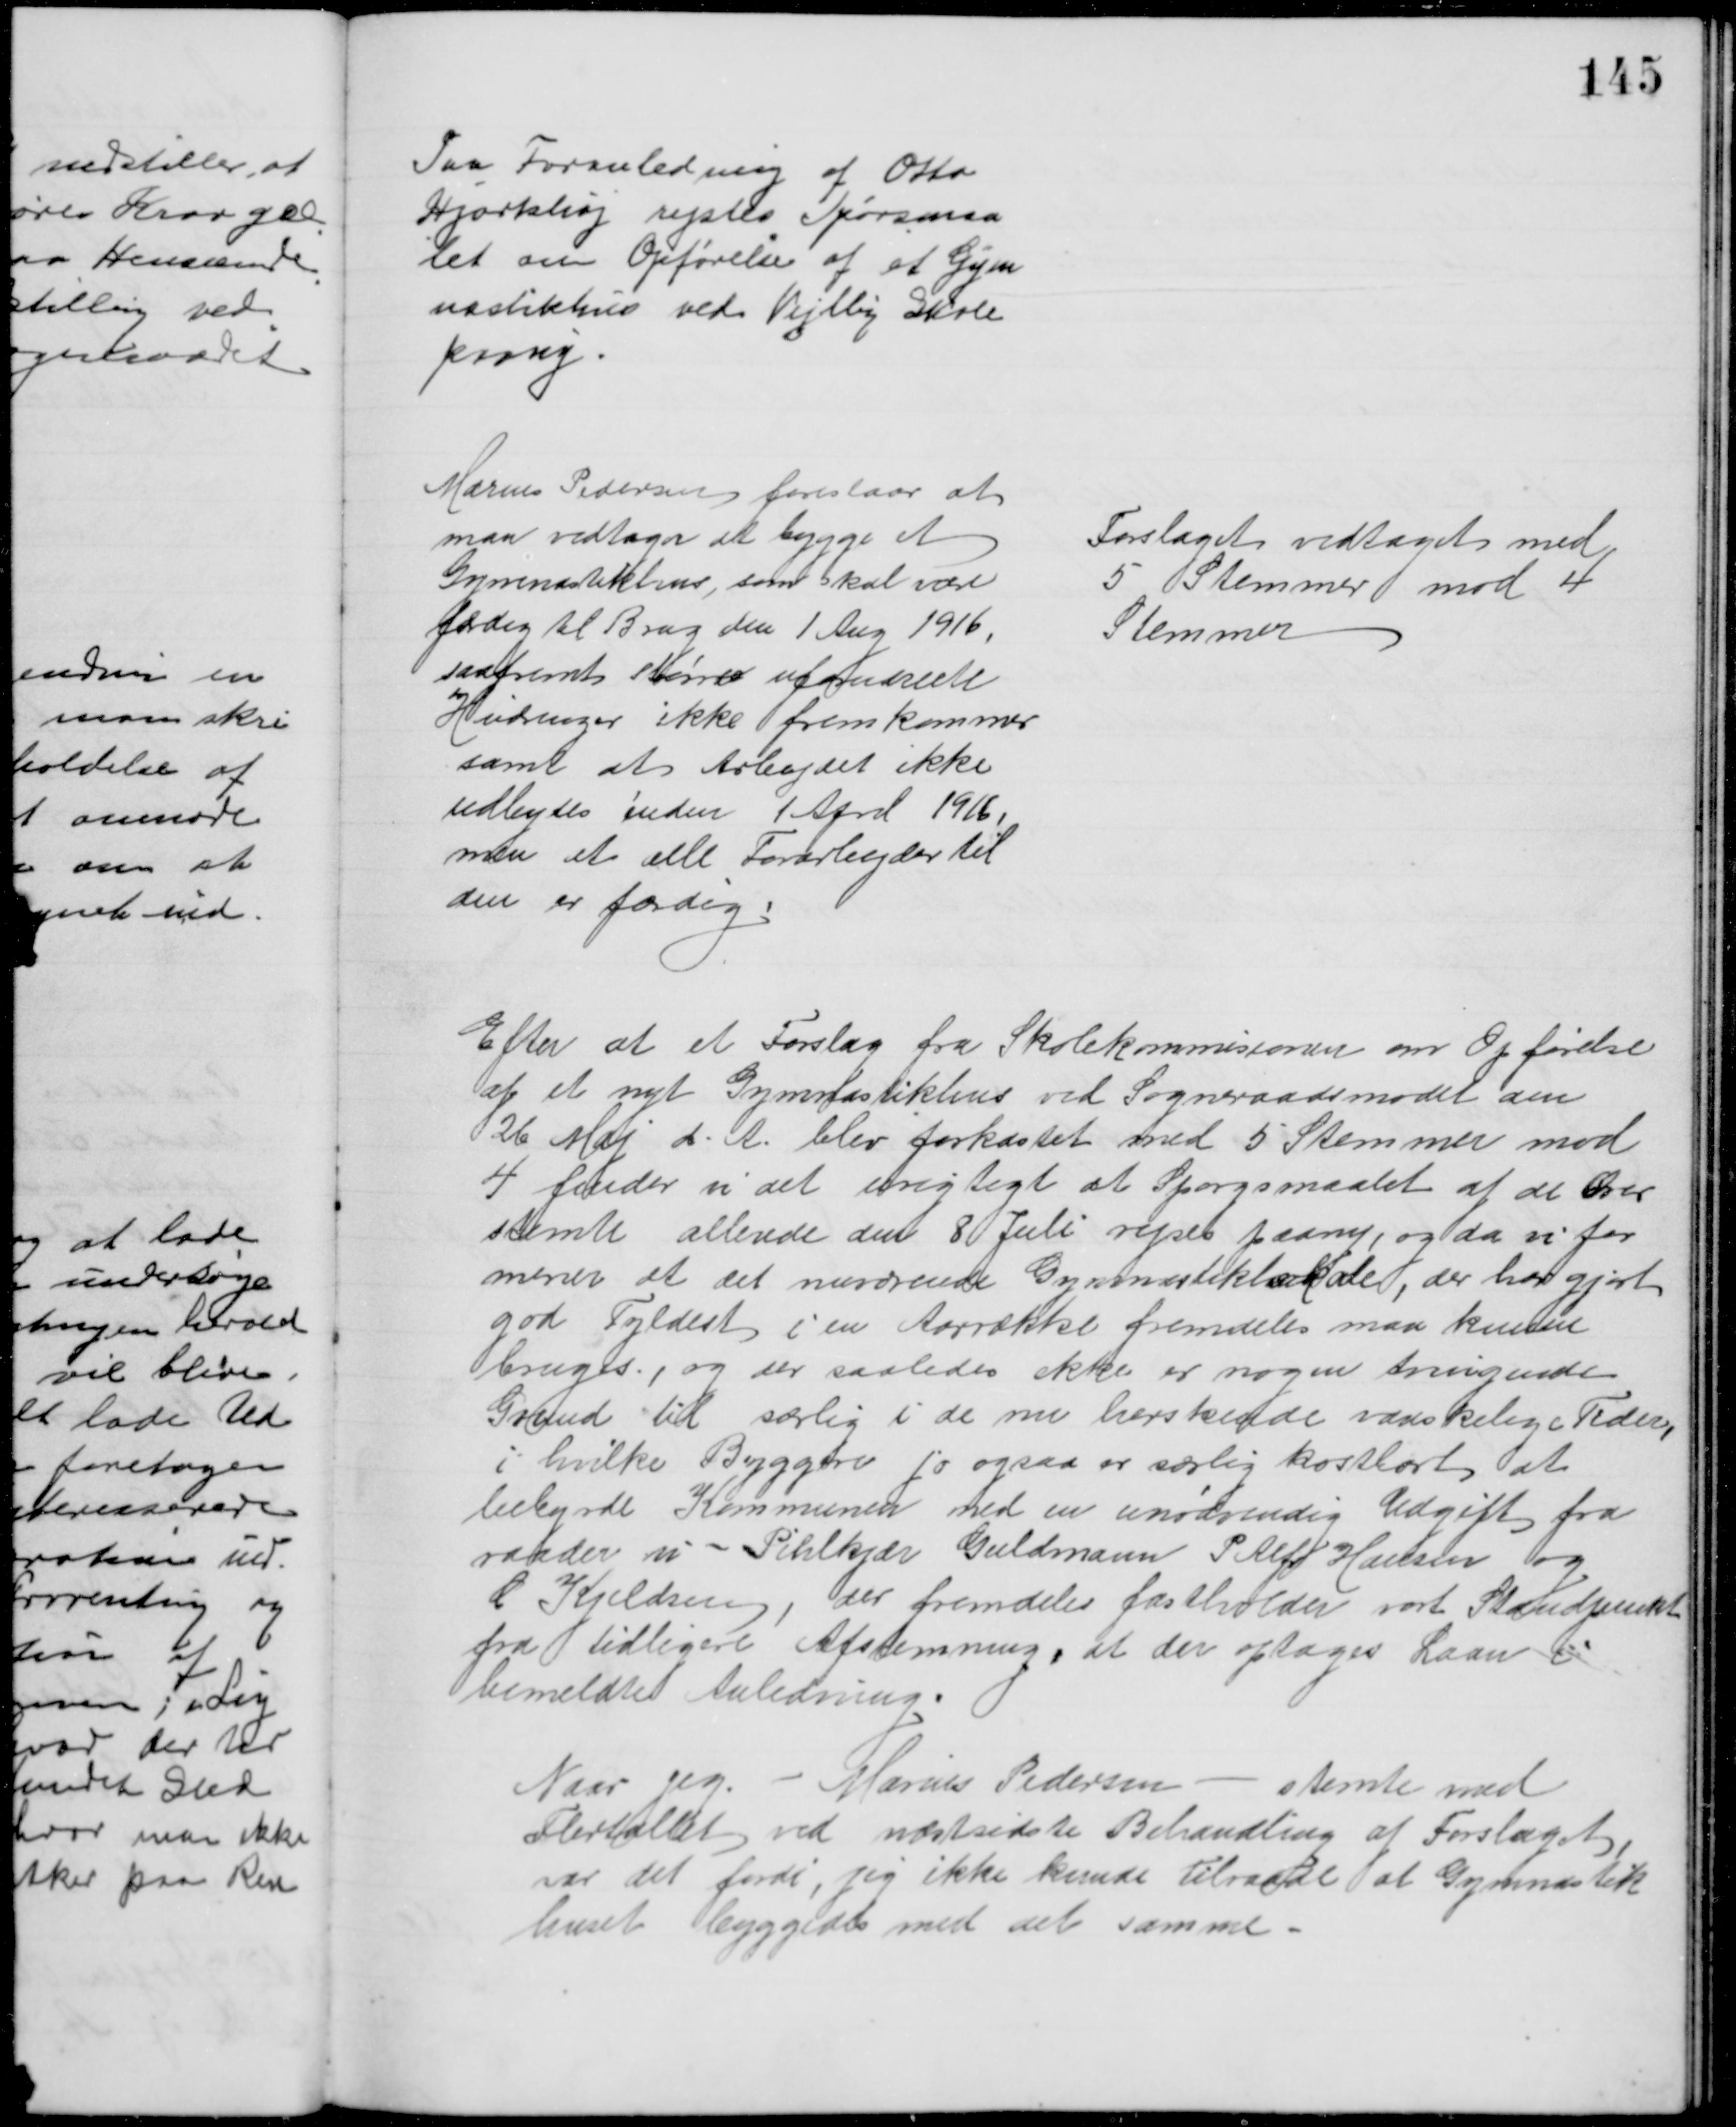
Transskription:
Paa Foranledning af Otto
Hjortshøj rejstes Spørsmaa
let om Opførelse af et Gym
nastikhus ved Vejlby Skole
paany.
Marius Pedersen foreslaar at
man vedtager at bygge et
Gymnastikhus, som skal være
færdig til Brug den 1 Aug 1916,
saafremt større uforudseete
Hindringer ikke fremkommer
samt at Arbejdet ikke
udbydes inden 1 April 1916,
men at alle Forarbejder til
den er færdig.
Forslaget vedtaget med
5 Stemmer mod 4
Stemmer
Efter at et Forslag fra Skolekommisionen om Opførelse
af et nyt Gymnastikhus ved Sogneraadsmødet den
26 Maj d. A. blev forkastet med 5 Stemmer mod 
4 finder vi det urigtigt at Spørgsmaalet af de Over
stemte allerede den 8 Juli rejses paany, og da vi for
mener at det nuværende Gymnastiklokale, der har gjort
god Fyldest i en Aarrække fremdeles maa kunde
bruges, og der saaledes ikke er nogen tvingende
Grund til særlig i de nu herskende varskelige Tider,
i hvilke Byggeri jo ogsaa er særlig kostbart, at
bebyrde Kommunen med en unødvendig Udgift fra
raader vi - Pihlkjær Guldmann P. Alfr. Hansen og
C Kjeldsen, der fremdeles fastholder vort Standpunkt
fra tidligere Afstemning, at der optages Laan i
bemeldte Anledning.
Naar jeg - Marius Pedersen - stemte med
Flertallet ved næstsidste Behandling af Forslaget,
var det fordi, jeg ikke kunde Tilraade at Gymnastik
huset byggedes med det samme